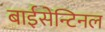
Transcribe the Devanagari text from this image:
बाईसेन्टिनल